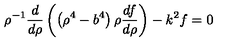
\rho ^ { - 1 } { \frac { d } { d \rho } } \left( \left( \rho ^ { 4 } - b ^ { 4 } \right) \rho { \frac { d f } { d \rho } } \right) - k ^ { 2 } f = 0